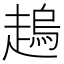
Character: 𧽋